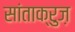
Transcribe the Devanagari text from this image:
सांताक्रुज़